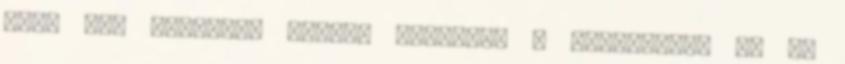
hogy két irányban legyek lojális: a tulajdonos és az